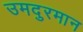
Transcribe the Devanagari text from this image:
उमदुरमान